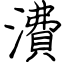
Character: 㵒